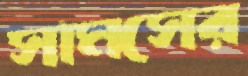
সামসের